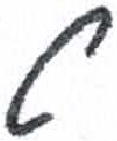
אות: ט